Scientific memoirs by medical officers of the Army of India - Part III,
Year: 1887
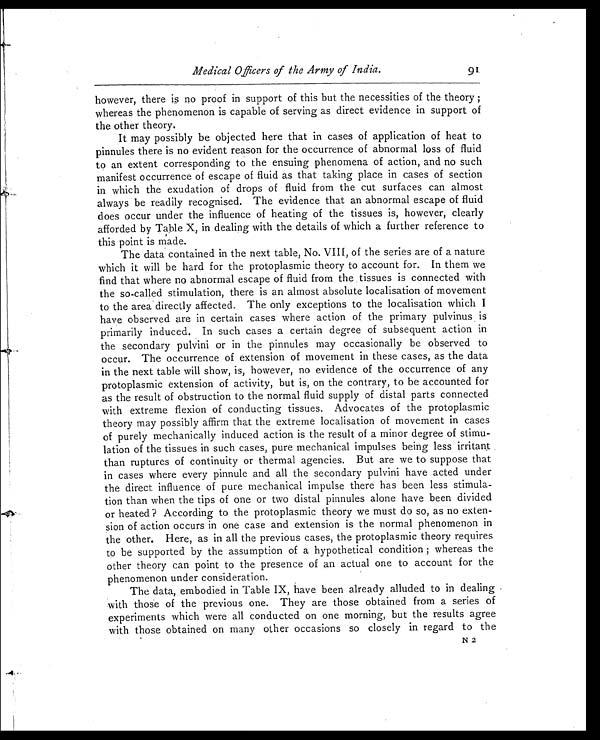
Medical Officers of the Army of India.
however, there is no proof in support of this but the necessities of the theory ;
whereas the phenomenon is capable of serving as direct evidence in support of
the other theory.
It may possibly be objected here that in cases of application of heat to
pinnules there is no evident reason for the occurrence of abnormal loss of fluid
to an extent corresponding to the ensuing phenomena of action, and no such
manifest occurrence of escape of fluid as that taking place in cases of section
in which the exudation of drops of fluid from the cut surfaces can almost
always be readily recognised. The evidence that an abnormal escape of fluid
does occur under the influence of heating of the tissues is, however, clearly
afforded by Table X, in dealing with the details of which a further reference to
this point is made.
The data contained in the next table, No. VIII, of the series are of a nature
which it will be hard for the protoplasmic theory to account for. In them we
find that where no abnormal escape of fluid from the tissues is connected with
the so-called stimulation, there is an almost absolute localisation of movement
to the area directly affected. The only exceptions to the localisation which I
have observed are in certain cases where action of the primary pulvinus is
primarily induced. In such cases a certain degree of subsequent action in
the secondary pulvini or in the pinnules may occasionally be observed to
occur. The occurrence of extension of movement in these cases, as the data
in the next table will show, is, however, no evidence of the occurrence of any
protoplasmic extension of activity, but is, on the contrary, to be accounted for
as the result of obstruction to the normal fluid supply of distal parts connected
with extreme flexion of conducting tissues. Advocates of the protoplasmic
theory may possibly affirm that the extreme localisation of movement in cases
of purely mechanically induced action is the result of a minor degree of stimu-
lation of the tissues in such cases, pure mechanical impulses being less irritant
than ruptures of continuity or thermal agencies. But are we to suppose that
in cases where every pinnule and all the secondary pulvini have acted under
the direct influence of pure mechanical impulse there has been less stimula-
tion than when the tips of one or two distal pinnules alone have been divided
or heated ? According to the protoplasmic theory we must do so, as no exten-
sion of action occurs in one case and extension is the normal phenomenon in
the other. Here, as in all the previous cases, the protoplasmic theory requires
to be supported by the assumption of a hypothetical condition ; whereas the
other theory can point to the presence of an actual one to account for the
phenomenon under consideration.
The data, embodied in Table IX, have been already alluded to in dealing
with those of the previous one. They are those obtained from a series of
experiments which were all conducted on one morning, but the results agree
with those obtained on many other occasions so closely in regard to the
91
N 2